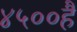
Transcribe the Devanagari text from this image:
४५००हैं